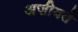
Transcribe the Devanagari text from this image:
अज़ीयतें